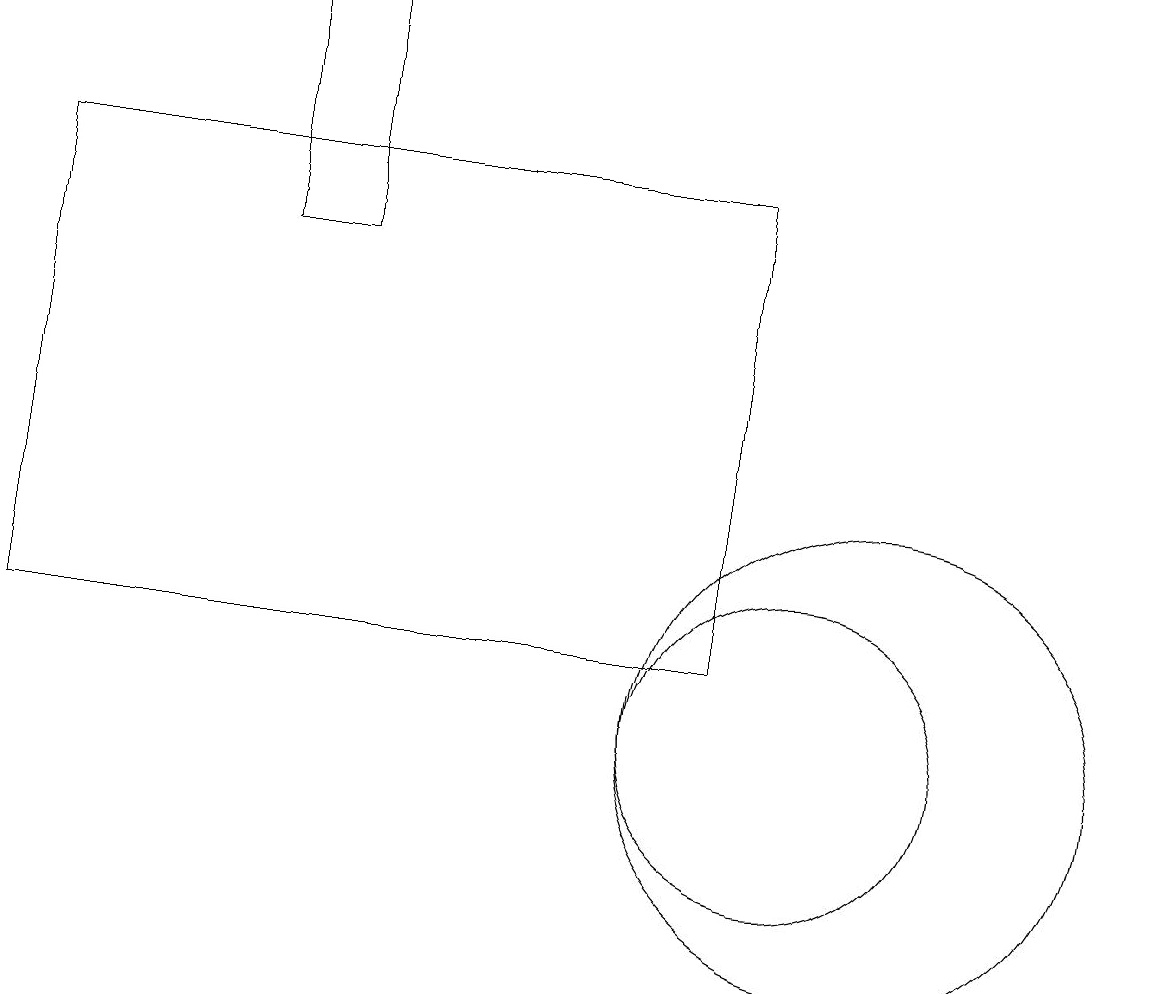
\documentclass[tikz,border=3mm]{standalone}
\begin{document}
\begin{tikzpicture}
\draw (4,16) rectangle (3,19);
\draw (10,10) circle (2);
\draw (9,17) rectangle (0,11);
\draw (11,10) circle (3);
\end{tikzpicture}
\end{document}